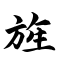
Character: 旌